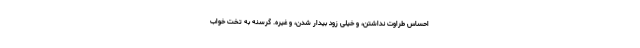
احساس طراوت نداشتن، و خیلی زود بیدار شدن، و غیره. گرسنه به تخت خواب